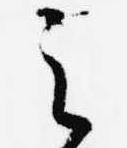
之